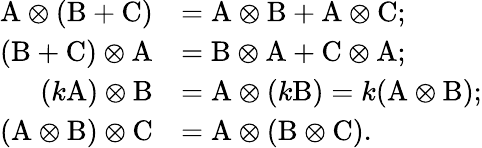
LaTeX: \begin{array}{rl}{\mathrm{A}\otimes(\mathrm{B}+\mathrm{C})}&{=\mathrm{A}\otimes\mathrm{B}+\mathrm{A}\otimes\mathrm{C};}\\ {(\mathrm{B}+\mathrm{C})\otimes\mathrm{A}}&{=\mathrm{B}\otimes\mathrm{A}+\mathrm{C}\otimes\mathrm{A};}\\ {(k\mathrm{A})\otimes\mathrm{B}}&{=\mathrm{A}\otimes(k\mathrm{B})=k(\mathrm{A}\otimes\mathrm{B});}\\ {(\mathrm{A}\otimes\mathrm{B})\otimes\mathrm{C}}&{=\mathrm{A}\otimes(\mathrm{B}\otimes\mathrm{C}).}\end{array}